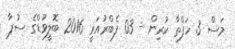
މަސް 3 ހަފްތާ ކުރިން - 03 ފެބްރުއަރީ 2016 ބޮލީވުޑްގެ ސުޕާ